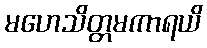
မဟေသိတ္တမကာရယိ